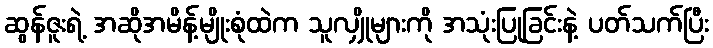
ဆွန်ဇူးရဲ့ အဆိုအမိန့်မျိုးစုံထဲက သူလျှိုများကို အသုံးပြုခြင်းနဲ့ ပတ်သက်ပြီး